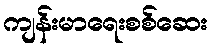
ကျန်းမာရေးစစ်ဆေး